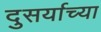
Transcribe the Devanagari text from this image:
दुसर्याच्या